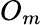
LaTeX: O_{m}